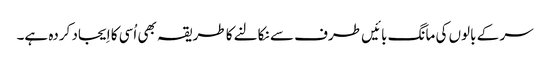
سر کے بالوں کی مانگ بائیں طرف سے نکالنے کا طریقہ بھی اُسی کا اِیجاد کردہ ہے۔